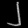
Digit: ၂